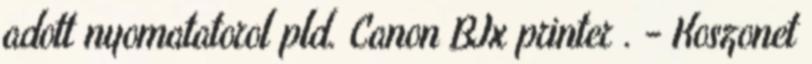
adott nyomatatorol pld. Canon BJx printer . - Koszonet